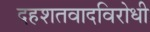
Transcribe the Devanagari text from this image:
दहशतवादविरोधी